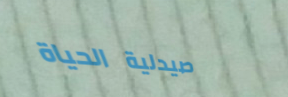
صيدلية الحياة